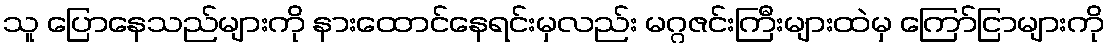
သူ ပြောနေသည်များကို နားထောင်နေရင်းမှလည်း မဂ္ဂဇင်းကြီးများထဲမှ ကြော်ငြာများကို